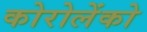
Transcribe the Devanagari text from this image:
कोरोलेंको